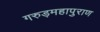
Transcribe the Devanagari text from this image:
गरुड़महापुराण